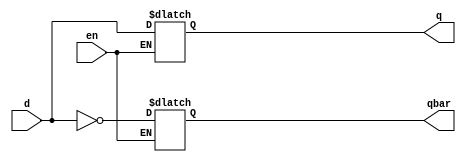
module DLatch_NB(input d,en,
		output reg q,qbar);

	always@(d,en)
		begin
			if(~en) 
			begin
			     q <= q;
			     qbar <= qbar;
			end
			else begin
			     q <= d;
			     qbar <= (~d);
			end
		end	
endmodule